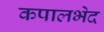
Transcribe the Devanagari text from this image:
कपालभेद